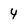
Character: 4